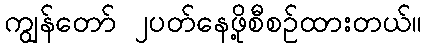
ကျွန်တော် ၂ပတ်နေဖို့စီစဉ်ထားတယ်။